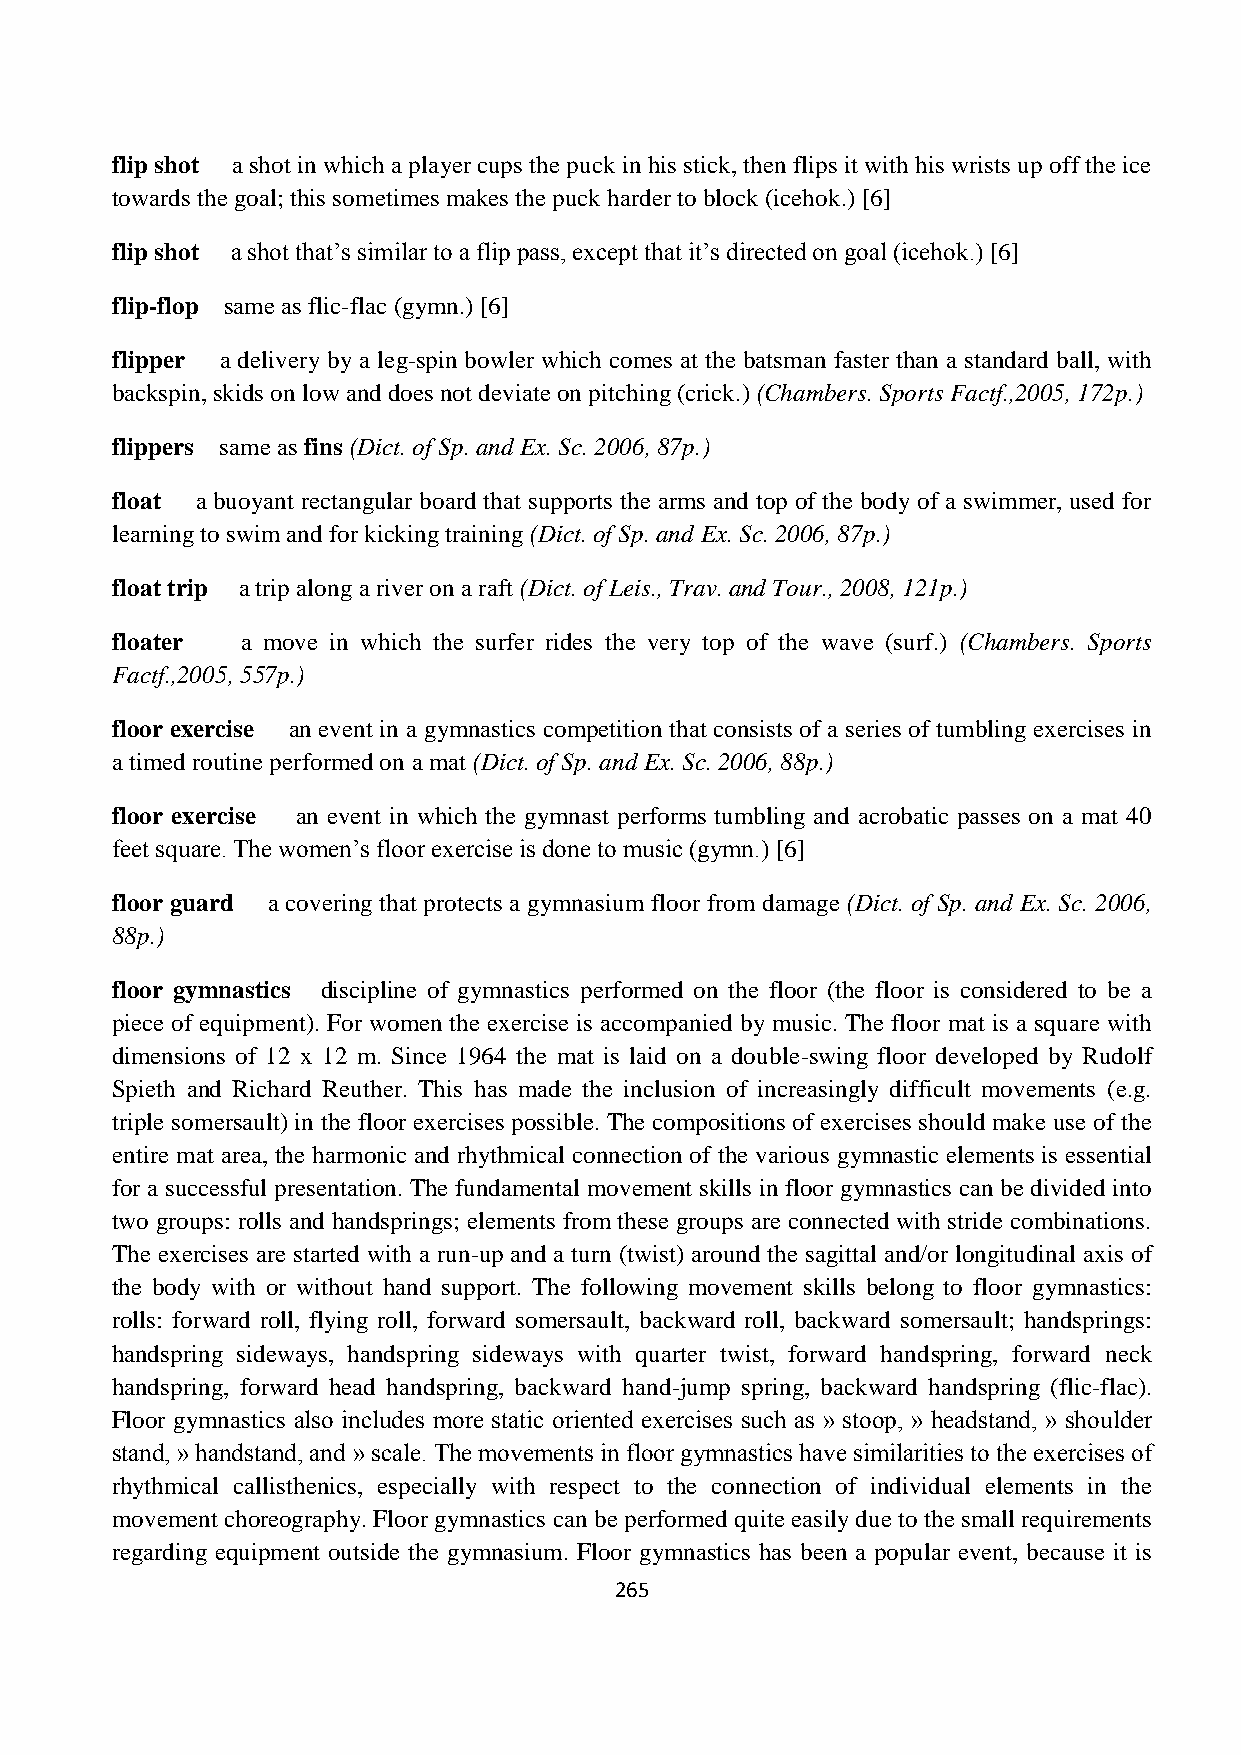
flip shot a shot in which a player cups the puck in his stick, then flips it with his wrists up off the ice
 towards the goal; this sometimes makes the puck harder to block (icehok.) [6]
 flip shot a shot that‟s similar to a flip pass, except that it‟s directed on goal (icehok.) [6]
 flip-flop same as flic-flac (gymn.) [6]
 flipper a delivery by a leg-spin bowler which comes at the batsman faster than a standard ball, with
 backspin, skids on low and does not deviate on pitching (crick.) (Chambers. Sports Factf.,2005, 172p.)
 flippers same as fins (Dict. of Sp. and Ex. Sc. 2006, 87p.)
 float a buoyant rectangular board that supports the arms and top of the body of a swimmer, used for
 learning to swim and for kicking training (Dict. of Sp. and Ex. Sc. 2006, 87p.)
 float trip a trip along a river on a raft (Dict. of Leis., Trav. and Tour., 2008, 121p.)
 floater  a move in which the surfer rides the very top of the wave (surf.) (Chambers. Sports
 Factf.,2005, 557p.)
 floor exercise an event in a gymnastics competition that consists of a series of tumbling exercises in
 a timed routine performed on a mat (Dict. of Sp. and Ex. Sc. 2006, 88p.)
 floor exercise an event in which the gymnast performs tumbling and acrobatic passes on a mat 40
 feet square. The women‟s floor exercise is done to music (gymn.) [6]
 floor guard a covering that protects a gymnasium floor from damage (Dict. of Sp. and Ex. Sc. 2006,
 88p.)
 floor gymnastics discipline of gymnastics performed on the floor (the floor is considered to be a
 piece of equipment). For women the exercise is accompanied by music. The floor mat is a square with
 dimensions of 12 x 12 m. Since 1964 the mat is laid on a double-swing floor developed by Rudolf
 Spieth and Richard Reuther. This has made the inclusion of increasingly difficult movements (e.g.
 triple somersault) in the floor exercises possible. The compositions of exercises should make use of the
 entire mat area, the harmonic and rhythmical connection of the various gymnastic elements is essential
 for a successful presentation. The fundamental movement skills in floor gymnastics can be divided into
 two groups: rolls and handsprings; elements from these groups are connected with stride combinations.
 The exercises are started with a run-up and a turn (twist) around the sagittal and/or longitudinal axis of
 the body with or without hand support. The following movement skills belong to floor gymnastics:
 rolls: forward roll, flying roll, forward somersault, backward roll, backward somersault; handsprings:
 handspring sideways, handspring sideways with quarter twist, forward handspring, forward neck
 handspring, forward head handspring, backward hand-jump spring, backward handspring (flic-flac).
 Floor gymnastics also includes more static oriented exercises such as » stoop, » headstand, » shoulder
 stand, » handstand, and » scale. The movements in floor gymnastics have similarities to the exercises of
 rhythmical callisthenics, especially with respect to the connection of individual elements in the
 movement choreography. Floor gymnastics can be performed quite easily due to the small requirements
 regarding equipment outside the gymnasium. Floor gymnastics has been a popular event, because it is
 265